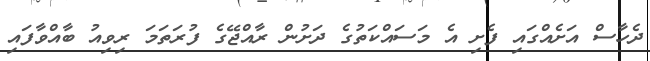
ދެހާސް އަށެއްގައި ފެށި އެ މަސައްކަތުގެ ދަށުން ރާއްޖޭގެ ފުރަތަމަ ރިވިއު ބާއްވާފައި